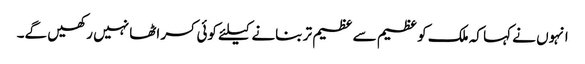
انہوں نے کہا کہ ملک کو عظیم سے عظیم تر بنانے کیلئے کوئی کسر اٹھا نہیں رکھیں گے۔